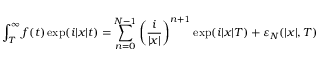
\int _ { T } ^ { \infty } f ( t ) \exp ( i \vert x \vert t ) = \sum _ { n = 0 } ^ { N - 1 } \left( \frac { i } { \lvert x \rvert } \right) ^ { n + 1 } \exp ( i \lvert x \rvert T ) + \varepsilon _ { N } ( \lvert x \rvert , T )